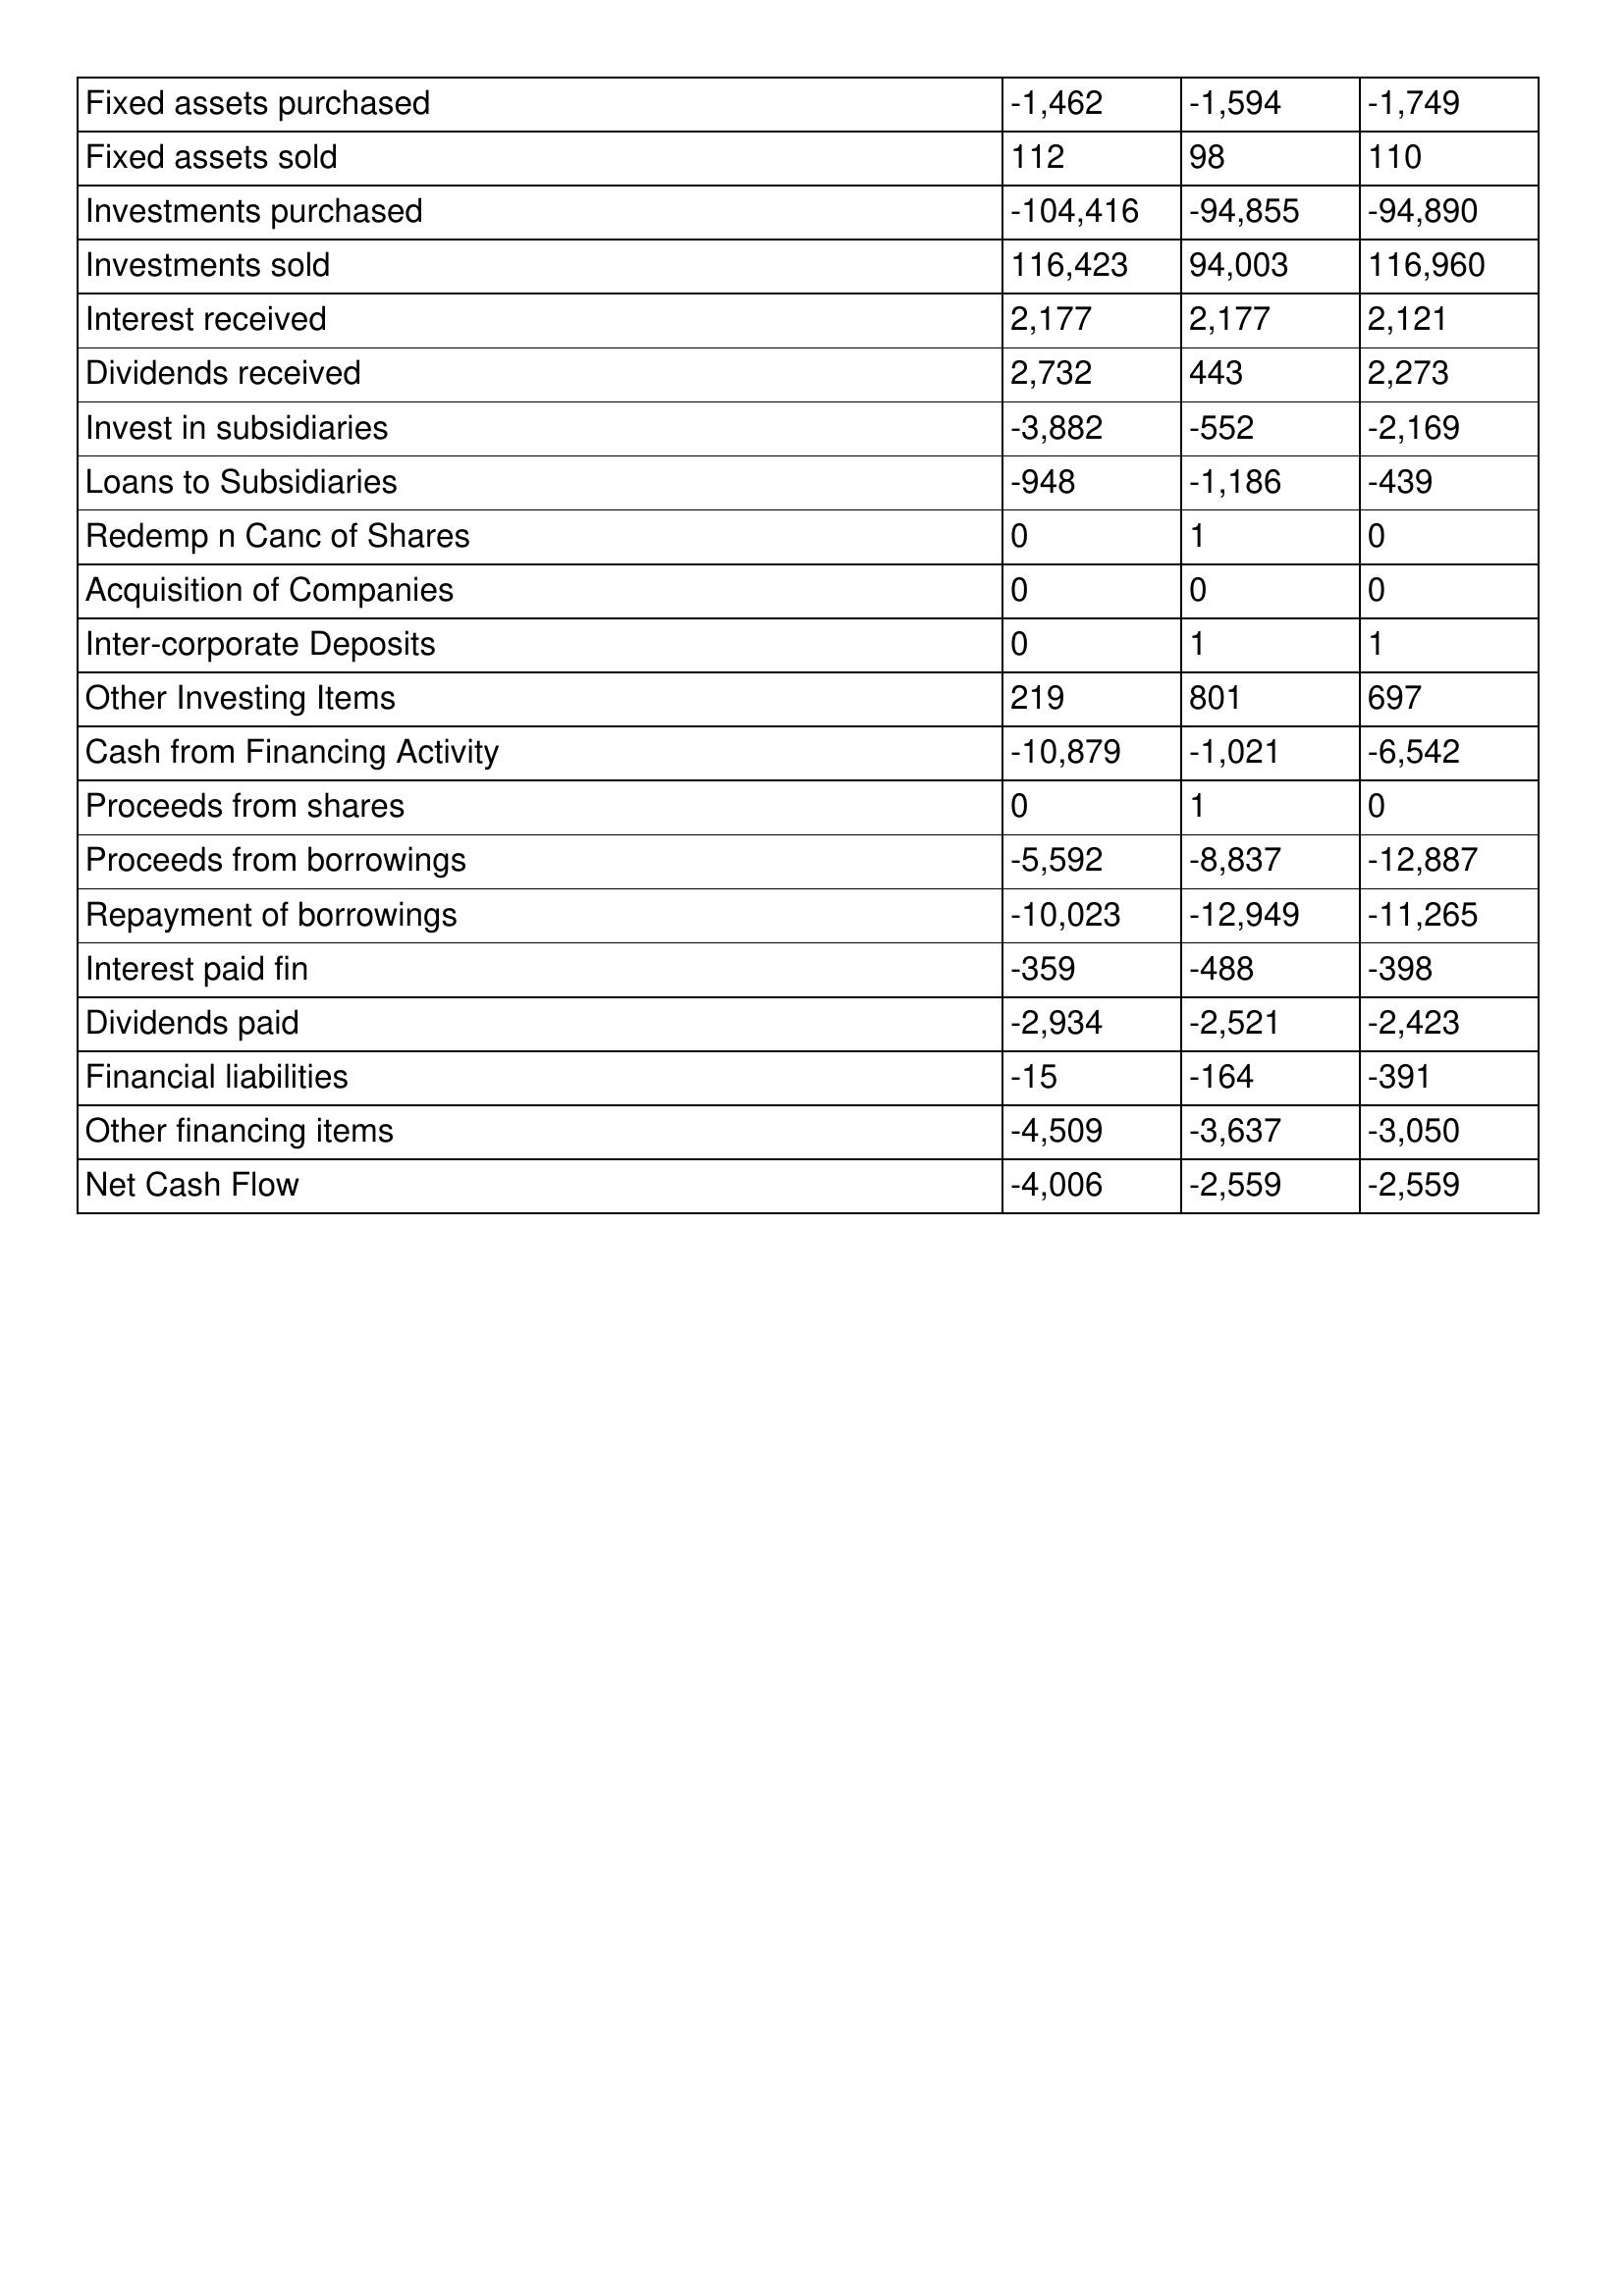
gt_parse: 2019: Cash Flows: Fixed assets purchased: -1,462
Fixed assets sold: 112
Investments purchased: -104,416
Investments sold: 116,423
Interest received: 2,177
Dividends received: 2,732
Invest in subsidiaries: -3,882
Loans to Subsidiaries: -948
Redemp n Canc of Shares: 0
Acquisition of Companies: 0
Inter-corporate Deposits: 0
Other Investing Items: 219
Cash from Financing Activity: -10,879
Proceeds from shares: 0
Proceeds from borrowings: -5,592
Repayment of borrowings: -10,023
Interest paid fin: -359
Dividends paid: -2,934
Financial liabilities: -15
Other financing items: -4,509
Net Cash Flow: -4,006
2018: Cash Flows: Fixed assets purchased: -1,594
Fixed assets sold: 98
Investments purchased: -94,855
Investments sold: 94,003
Interest received: 2,177
Dividends received: 443
Invest in subsidiaries: -552
Loans to Subsidiaries: -1,186
Redemp n Canc of Shares: 1
Acquisition of Companies: 0
Inter-corporate Deposits: 1
Other Investing Items: 801
Cash from Financing Activity: -1,021
Proceeds from shares: 1
Proceeds from borrowings: -8,837
Repayment of borrowings: -12,949
Interest paid fin: -488
Dividends paid: -2,521
Financial liabilities: -164
Other financing items: -3,637
Net Cash Flow: -2,559
2017: Cash Flows: Fixed assets purchased: -1,749
Fixed assets sold: 110
Investments purchased: -94,890
Investments sold: 116,960
Interest received: 2,121
Dividends received: 2,273
Invest in subsidiaries: -2,169
Loans to Subsidiaries: -439
Redemp n Canc of Shares: 0
Acquisition of Companies: 0
Inter-corporate Deposits: 1
Other Investing Items: 697
Cash from Financing Activity: -6,542
Proceeds from shares: 0
Proceeds from borrowings: -12,887
Repayment of borrowings: -11,265
Interest paid fin: -398
Dividends paid: -2,423
Financial liabilities: -391
Other financing items: -3,050
Net Cash Flow: -2,559